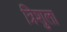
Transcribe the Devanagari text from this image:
त्रिशुला